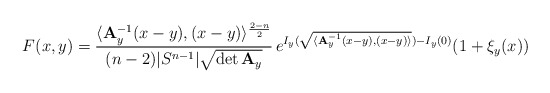
\begin{align*} F(x,y)=\frac{\langle {\bf A}_y^{-1}(x-y),(x-y)\rangle^{\frac{2-n}{2}}}{(n-2)|S^{n-1}|\sqrt{\det {\bf A}_y}}\,e^{I_y(\sqrt{\langle{\bf A}_y^{-1}(x-y),(x-y)\rangle})-I_y(0)}(1+\xi_y(x)) \end{align*}